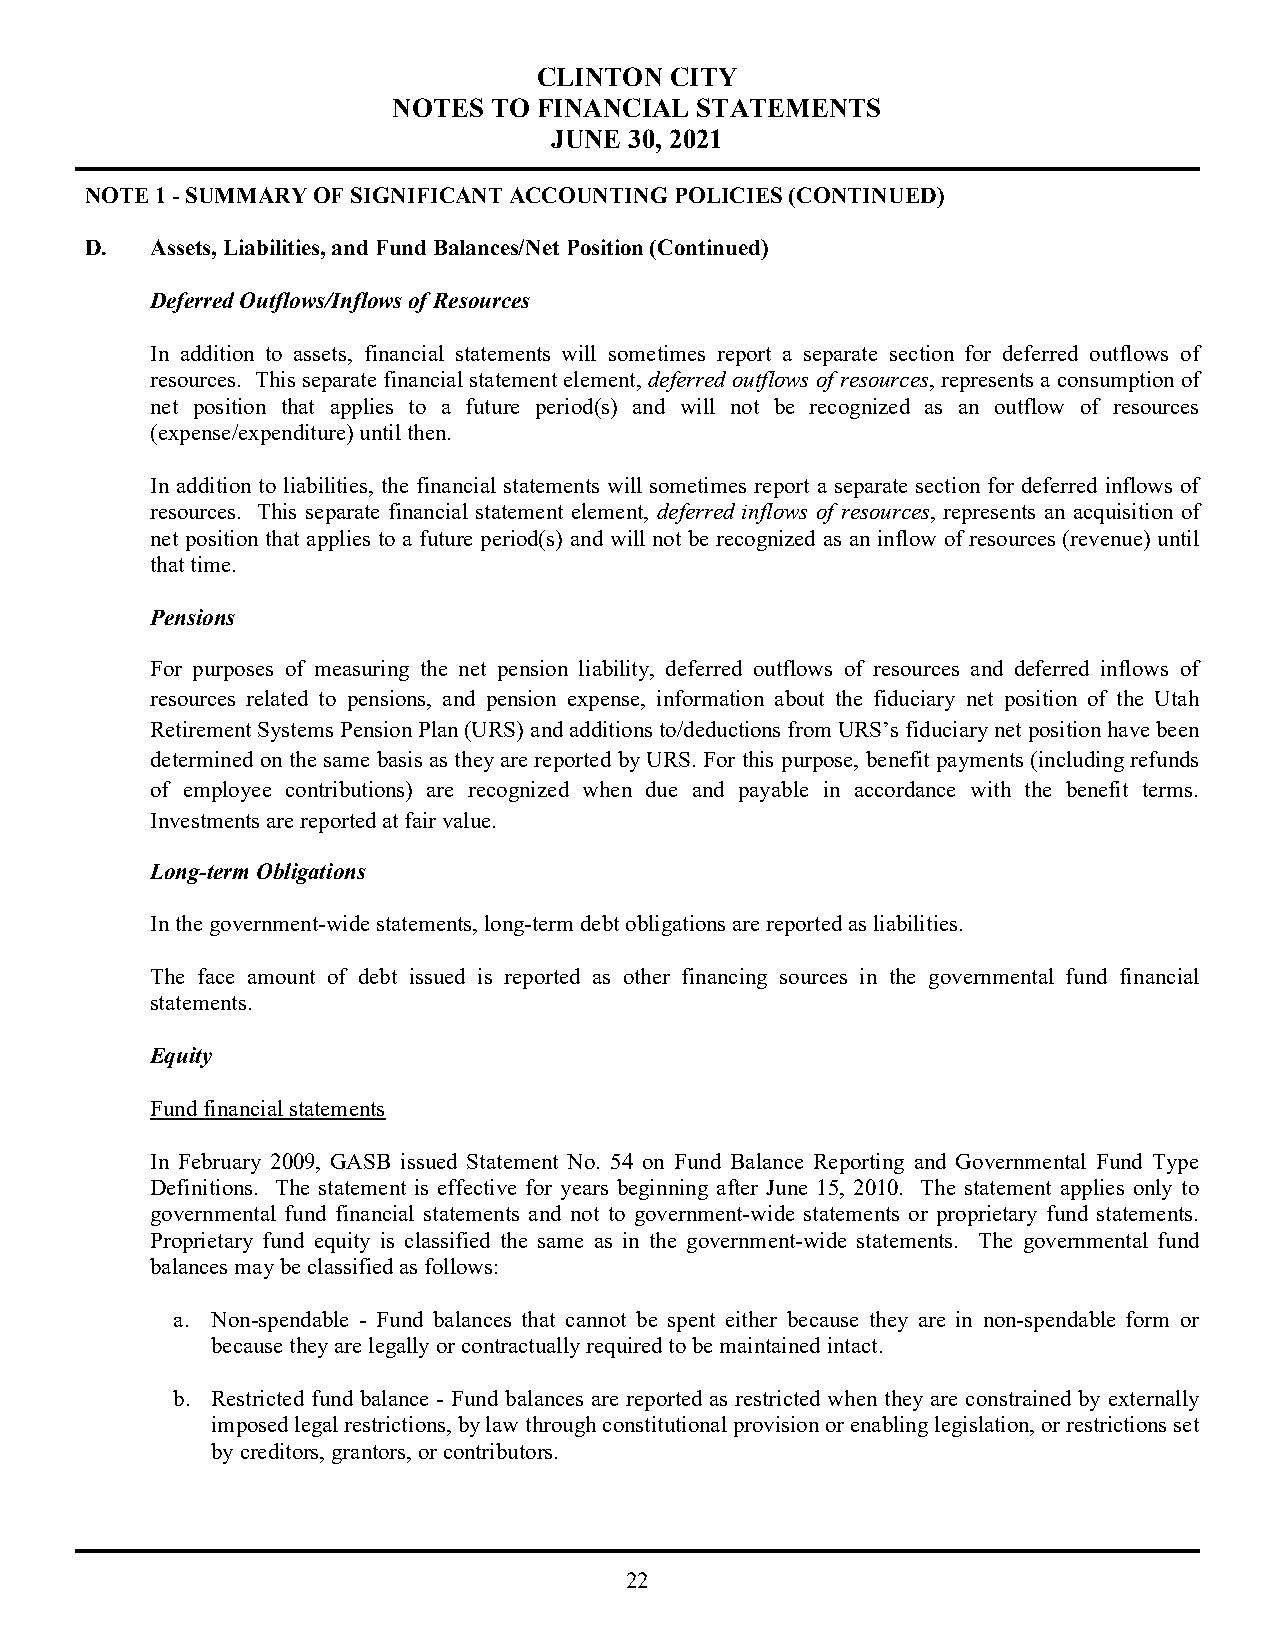
CLINTON CITY
 NOTES TO  FINANCIAL STATEMENTS
 JUNE  30, 2021
 NOTE 1 - SUMMARY OF SIGNIFICANT ACCOUNTING POLICIES (CONTINUED)
 D.  Assets, Liabilities, and Fund Balances/Net Position (Continued)
 Deferred Outflows/Inflows of Resources
 In addition to assets, financial statements will sometimes report a separate section for deferred outflows of
 resources. This separate financial statement element, deferred outflows of resources, represents a consumption of
 net position that applies to a future period(s) and will not be recognized as an outflow of resources
 (expense/expenditure) until then.
 In addition to liabilities, the financial statements will sometimes report a separate section for deferred inflows of
 resources. This separate financial statement element, deferred inflows of resources, represents an acquisition of
 net position that applies to a future period(s) and will not be recognized as an inflow of resources (revenue) until
 that time.
 Pensions
 For purposes of measuring the net pension liability, deferred outflows of resources and deferred inflows of
 resources related to pensions, and pension expense, information about the fiduciary net position of the Utah
 Retirement Systems Pension Plan (URS) and additions to/deductions from URS’s fiduciary net position have been
 determined on the same basis as they are reported by URS. For this purpose, benefit payments (including refunds
 of employee contributions) are recognized when due and payable in accordance with the benefit terms.
 Investments are reported at fair value.
 Long-term Obligations
 In the government-wide statements, long-term debt obligations are reported as liabilities.
 The face amount of debt issued is reported as other financing sources in the governmental fund financial
 statements.
 Equity
 Fund financial statements
 In February 2009, GASB issued Statement No. 54 on Fund Balance Reporting and Governmental Fund Type
 Definitions. The statement is effective for years beginning after June 15, 2010. The statement applies only to
 governmental fund financial statements and not to government-wide statements or proprietary fund statements.
 Proprietary fund equity is classified the same as in the government-wide statements. The governmental fund
 balances may be classified as follows:
 a. Non-spendable - Fund balances that cannot be spent either because they are in non-spendable form or
 because they are legally or contractually required to be maintained intact.
 b. Restricted fund balance - Fund balances are reported as restricted when they are constrained by externally
 imposed legal restrictions, by law through constitutional provision or enabling legislation, or restrictions set
 by creditors, grantors, or contributors.
 22